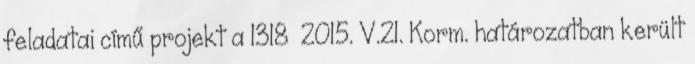
feladatai című projekt a 1318 2015. V.21. Korm. határozatban került